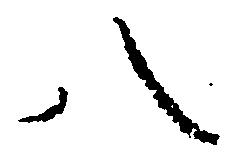
八